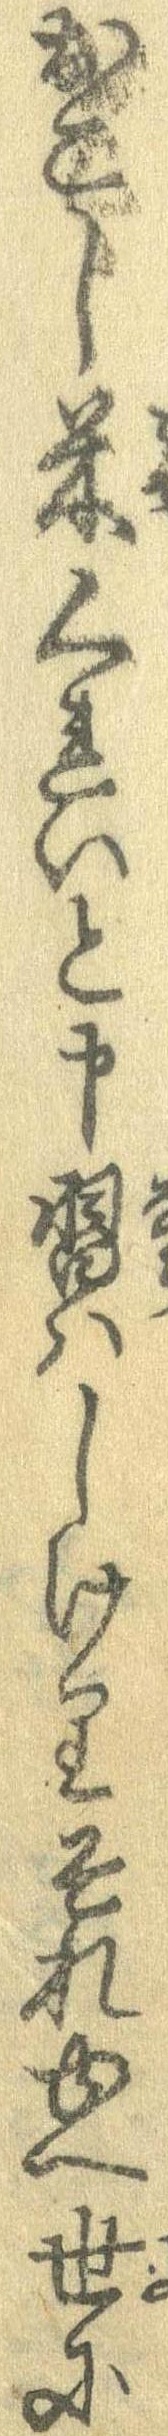
おこし米くれいと申習はしけりそれゆへ世に